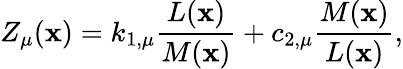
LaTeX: Z_{\mu}(\mathbf{x})=k_{1,\mu}\frac{{L(\mathbf{x})}}{{M(\mathbf{x})}}+c_{2,\mu}\frac{{M(\mathbf{x})}}{{L(\mathbf{x})}},